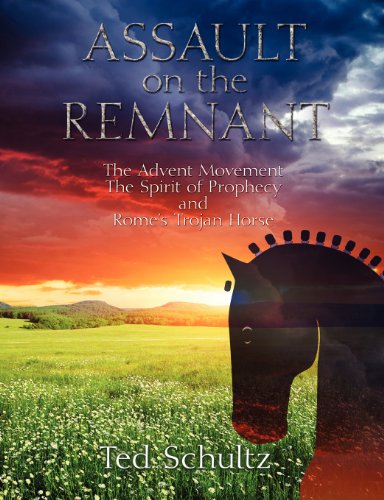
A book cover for Assault on the Remnant: The Advent Movement The Spirit of Prophecy and Rome's Trojan Horse; Ted Schultz; Christian Books & Bibles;